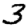
Digit: 3